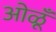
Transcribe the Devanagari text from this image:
ओळूँ